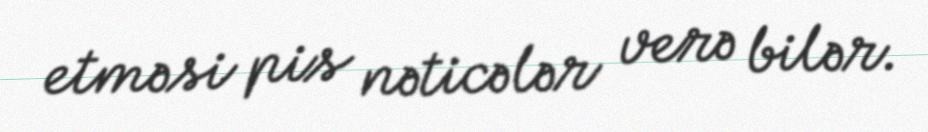
etməsi pis nəticələr verə bilər.